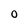
Character: O